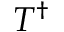
T ^ { \dag }